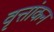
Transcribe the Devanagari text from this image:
वृत्तांकन